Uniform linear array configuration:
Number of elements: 48
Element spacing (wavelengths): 0.25
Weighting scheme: hamming
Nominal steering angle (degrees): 60
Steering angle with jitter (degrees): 60.134
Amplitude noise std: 0.05
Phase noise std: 0.05

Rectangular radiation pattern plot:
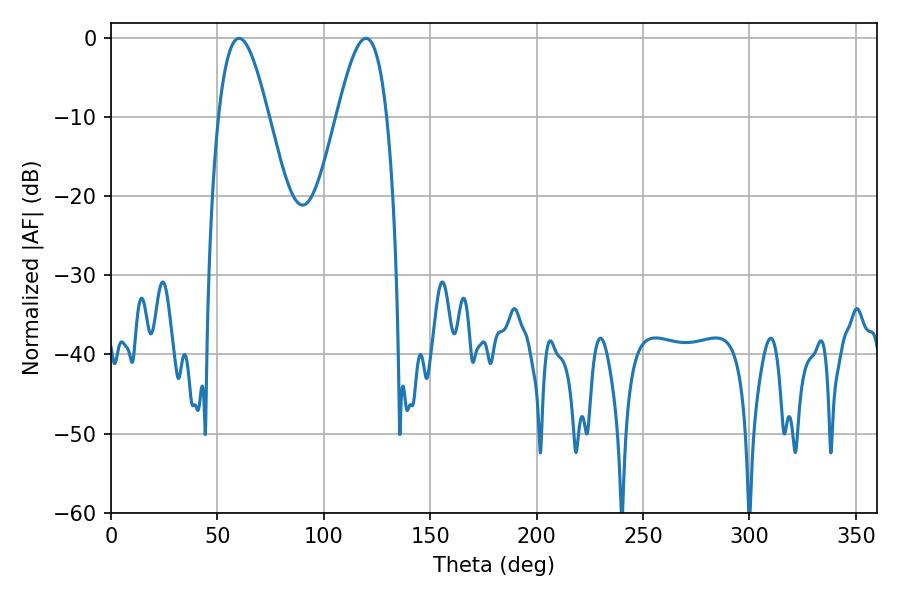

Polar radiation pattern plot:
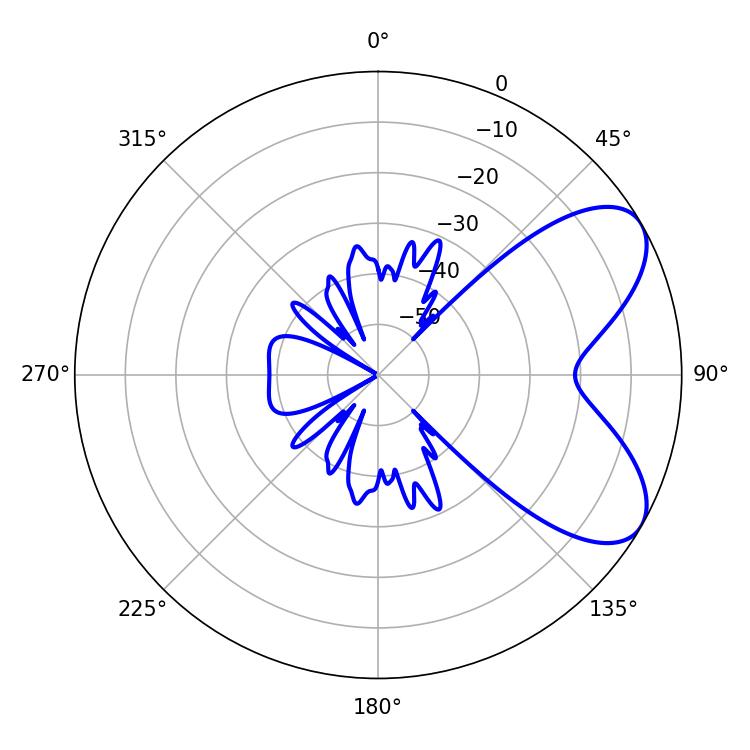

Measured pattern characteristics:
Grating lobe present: FALSE
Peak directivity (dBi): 6.711
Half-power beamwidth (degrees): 12.6
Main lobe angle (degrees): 60.12